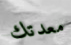
معدتك